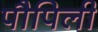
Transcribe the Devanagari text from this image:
पौपिली